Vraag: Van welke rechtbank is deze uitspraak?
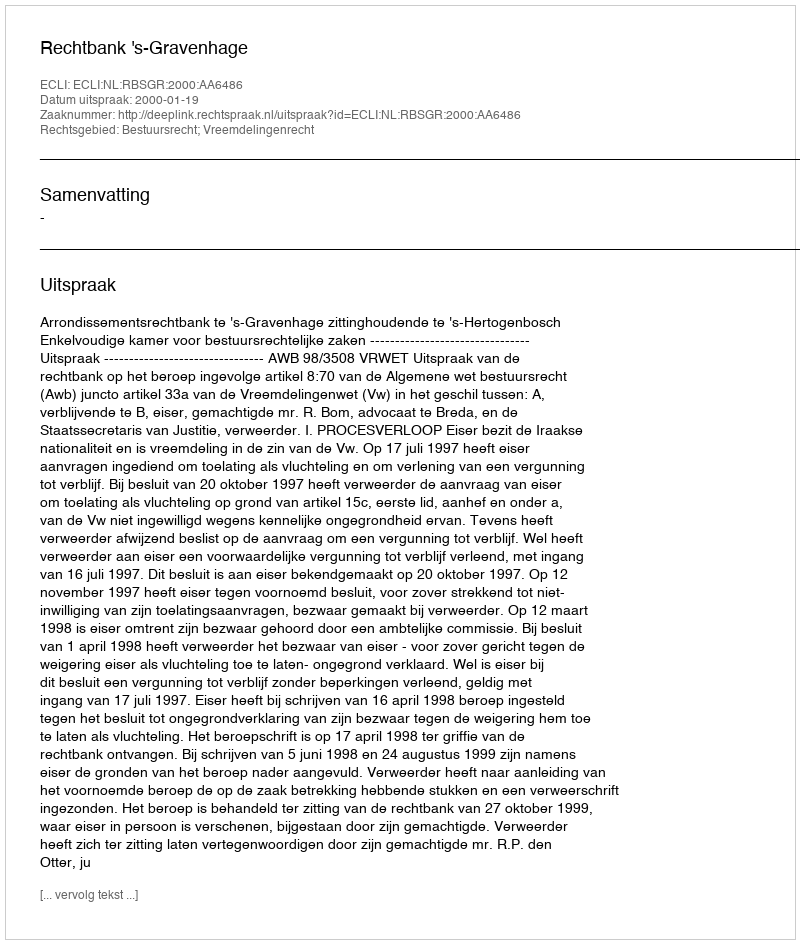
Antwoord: Rechtbank 's-Gravenhage